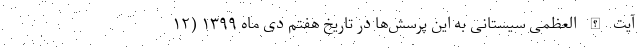
آیت الله العظمی سیستانی به این پرسش‌ها در تاریخ هفتم دی ماه ۱۳۹۹ (۱۲